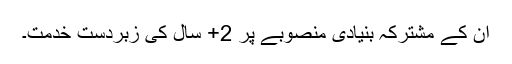
ان کے مشترکہ بنیادی منصوبے پر 2+ سال کی زبردست خدمت۔